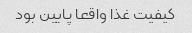
کیفیت غذا واقعا پایین بود